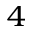
^ { 4 }